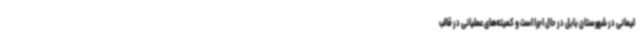
لیمانی در شهرستان بابل در حال اجرا است و کمیته‌های عملیانی در قالب